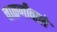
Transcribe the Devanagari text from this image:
चाळणीवाले